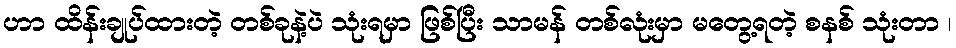
ဟာ ထိန်းချုပ်ထားတဲ့ တစ်ခုနဲ့ပဲ သုံးရမှာ ဖြစ်ပြီး သာမန် တစ်လုံးမှာ မတွေ့ရတဲ့ စနစ် သုံးတာ ၊